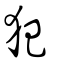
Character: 犯